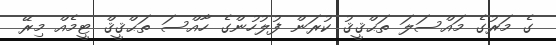
ގެ މަރުގެ މައްސަލަ ތަޙްޤީޤު ކުރަން ފުލުހުންގެ ހާއްސަ ތަޙްޤީޤް ޓީމެއް މިރޭ